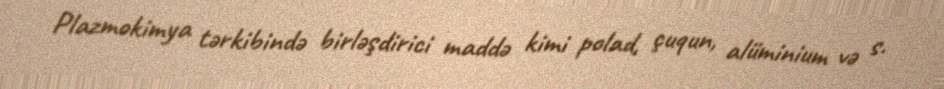
Plazmokimya tərkibində birləşdirici maddə kimi polad, çuqun, alüminium və s.